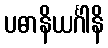
ပဓာနိယင်္ဂါနိ